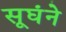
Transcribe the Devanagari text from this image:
सूघंने